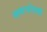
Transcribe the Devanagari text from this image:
समरचनेतही